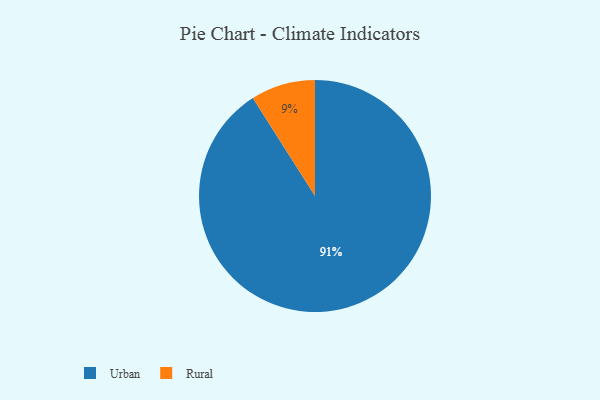
{"axis": {"x": "Category", "y": "Percentage"}, "legend": ["Rural", "Urban"], "data": [{"x": "Urban", "y": 91, "type": "Urban"}, {"x": "Rural", "y": 9, "type": "Rural"}]}